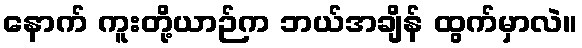
နောက် ကူးတို့ယာဉ်က ဘယ်အချိန် ထွက်မှာလဲ။